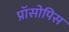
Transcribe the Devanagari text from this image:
प्रॉसोपिस